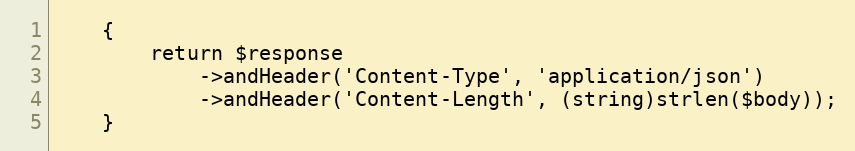
Language: PHP
    {
        return $response
            ->andHeader('Content-Type', 'application/json')
            ->andHeader('Content-Length', (string)strlen($body));
    }